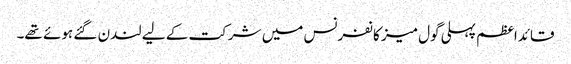
قائداعظم پہلی گول میز کانفرنس میں شرکت کے لیے لندن گئے ہوئے تھے۔